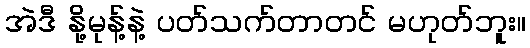
အဲဒီ နို့မုန့်နဲ့ ပတ်သက်တာတင် မဟုတ်ဘူး။